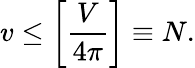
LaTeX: v\leq\left[{\frac{V}{4\pi}}\right]\equiv N.